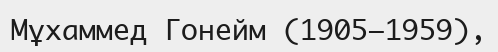
Мұхаммед Гонейм (1905—1959),